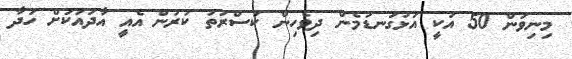
މިނިވަން 50 އަކީ އަޅުގަނޑުމެން ދިވެހިން ކަސްރަތު ކުރުން އެއީ އާދައަކަށް ހަދާ